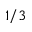
1 / 3